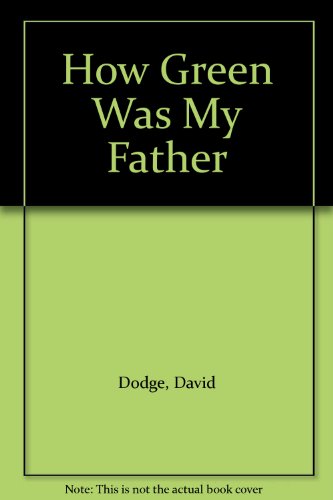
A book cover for How Green Was My Father; David Dodge; Travel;